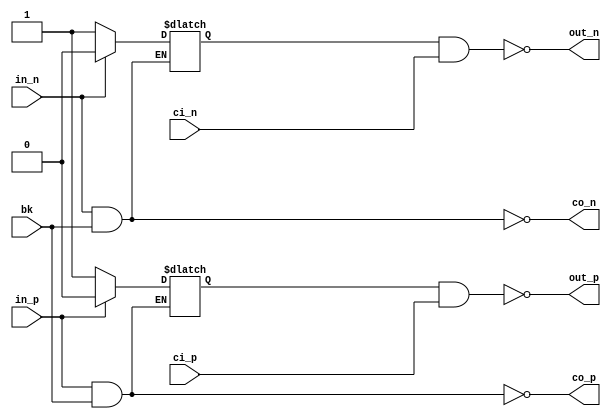
// This program was cloned from: https://github.com/chipsalliance/aib-phy-hardware
// License: Apache License 2.0

// SPDX-License-Identifier: Apache-2.0
// Copyright (C) 2019 Intel Corporation. 

//---------------------------------------------------------------------------------------------------------------------------------------------
//  aibcr_io_cmos_nand_x1
//---------------------------------------------------------------------------------------------------------------------------------------------

module aibcr3_io_cmos_nand_x1 (
input         in_p,
input         in_n,
input         bk,
input         ci_p,
input         ci_n,
output        out_p,
output        out_n,
output        co_p,
output        co_n
);

`ifdef TIMESCALE_EN
                timeunit 1ps;
                timeprecision 1ps;
`endif

parameter   NAND_DELAY = 20;
/*
wire   tp;
wire   fp;
wire   tn;
wire   fn;

assign #NAND_DELAY co_p  = ~(in_p & bk);
assign #NAND_DELAY tp    = ~(in_p & fp);
assign #NAND_DELAY fp    = ~(tp & bk);
assign #NAND_DELAY out_p = ~(tp & ci_p);
assign #NAND_DELAY co_n  = ~(in_n & bk);
assign #NAND_DELAY tn    = ~(in_n & fn);
assign #NAND_DELAY fn    = ~(tn & bk);
assign #NAND_DELAY out_n = ~(tn & ci_n);
*/

reg    tp;
reg    tn;

assign #NAND_DELAY co_p  = ~(in_p & bk);

always @(*)
  if (~in_p)    tp <= #NAND_DELAY 1'b1;
  else if (~bk) tp <= #NAND_DELAY 1'b0;

assign #NAND_DELAY out_p = ~(tp & ci_p);

assign #NAND_DELAY co_n  = ~(in_n & bk);

always @(*)
  if (~in_n)    tn <= #NAND_DELAY 1'b1;
  else if (~bk) tn <= #NAND_DELAY 1'b0;

assign #NAND_DELAY out_n = ~(tn & ci_n);

endmodule